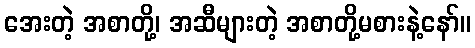
အေးတဲ့ အစာတို့၊ အဆီများတဲ့ အစာတို့မစားနဲ့နော်။